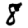
Digit: 8